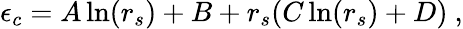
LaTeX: \epsilon_{c}=A\ln(r_{s})+B+r_{s}(C\ln(r_{s})+D)\ ,